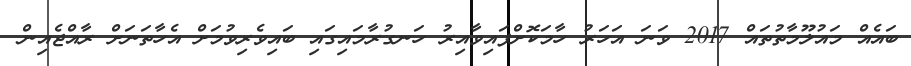
ބައެއް މައުލޫމާތުތައް 2017 ވަނަ އަހަރު ހާމަކޮށްފައިވާއިރު ހަނގުރާމައިގައި ބައިވެރިވުމަށް އެހާތަނަށް ރާއްޖެއިން